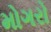
મોગરો